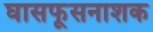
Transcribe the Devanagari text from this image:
घासफूसनाशक